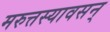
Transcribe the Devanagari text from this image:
मरुत्तस्यावसन्